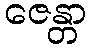
ဇေန္တာ